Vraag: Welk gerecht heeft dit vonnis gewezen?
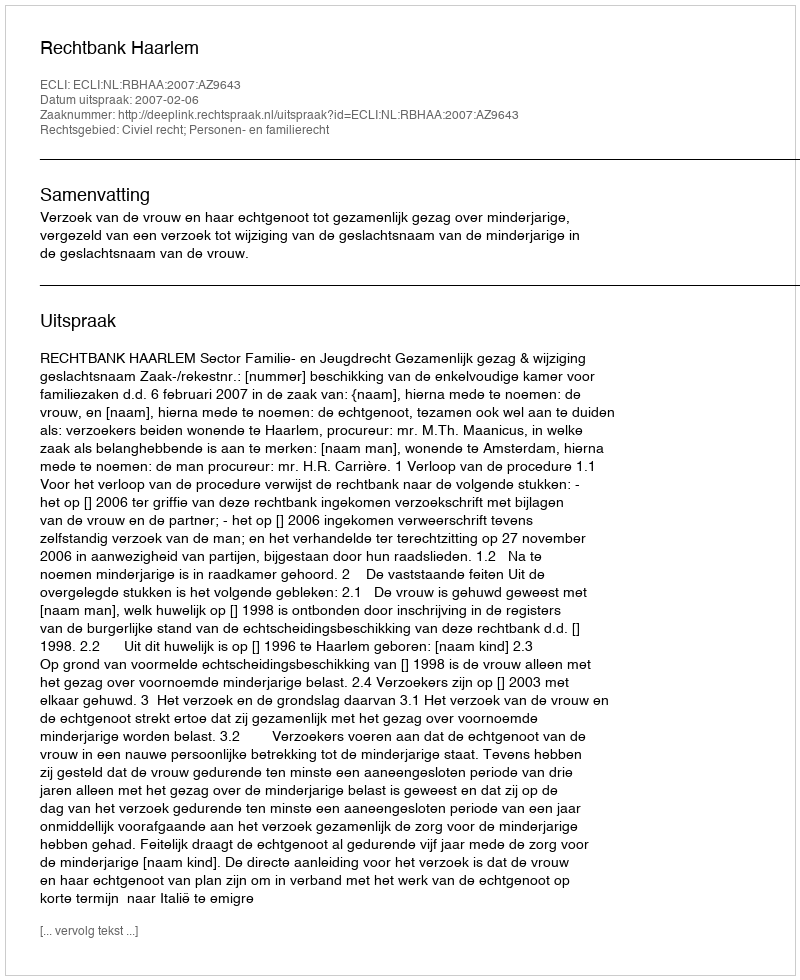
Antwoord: Rechtbank Haarlem